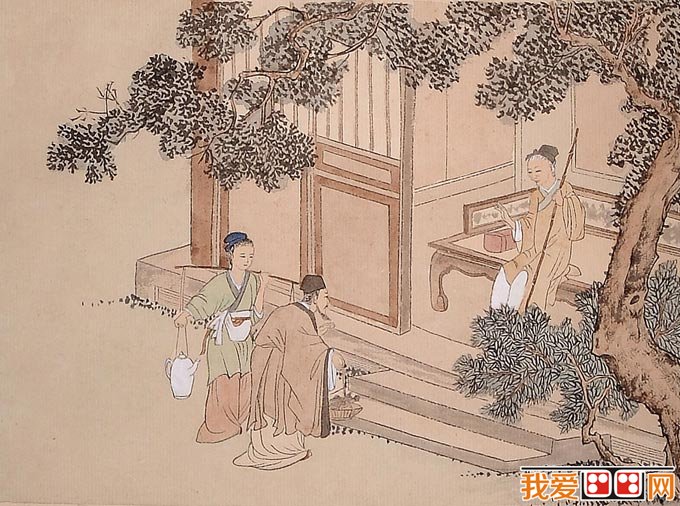
丧虽有礼，而哀为本焉。